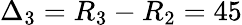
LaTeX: \Delta_{3}=R_{3}-R_{2}=45